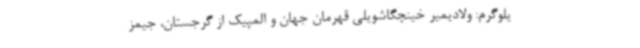
یلوگرم: ولادیمیر خینچگاشویلی قهرمان جهان و المپیک از گرجستان، جیمز